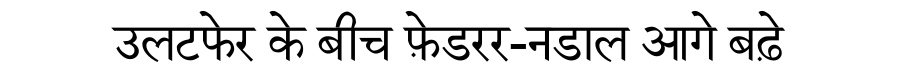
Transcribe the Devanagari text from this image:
उलटफेर के बीच फ़ेडरर-नडाल आगे बढ़े